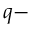
q -